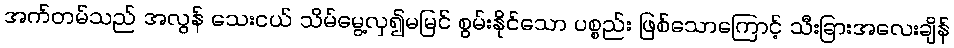
အက်တမ်သည် အလွန် သေးငယ် သိမ်မွေ့လှ၍မမြင် စွမ်းနိုင်သော ပစ္စည်း ဖြစ်သောကြောင့် သီးခြားအလေးချိန်